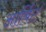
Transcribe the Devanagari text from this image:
आर्बिट